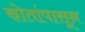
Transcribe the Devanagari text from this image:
स्रोतांपासून